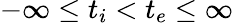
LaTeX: -\infty\leq t_{i}<t_{e}\leq\infty